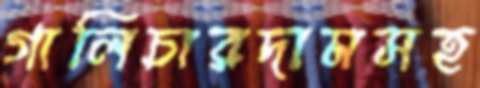
গালিচারদামসহ